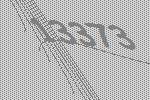
13373